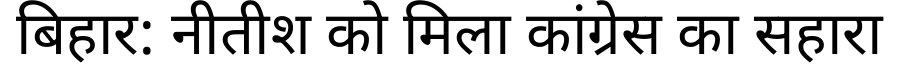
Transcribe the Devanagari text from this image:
बिहार: नीतीश को मिला कांग्रेस का सहारा